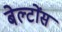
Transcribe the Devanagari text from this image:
बेल्टोंस